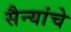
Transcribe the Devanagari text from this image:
सैन्यांचे